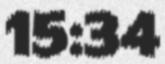
15:34